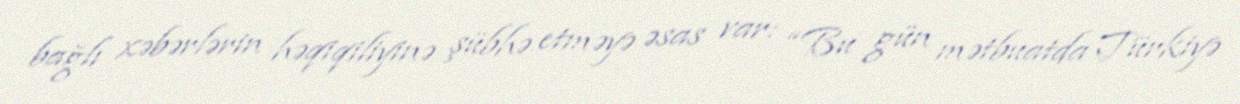
bağlı xəbərlərin həqiqiliyinə şübhə etməyə əsas var: “Bu gün mətbuatda Türkiyə